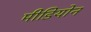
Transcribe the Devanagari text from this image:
मीडियोन